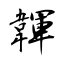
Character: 韗